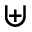
\uplus